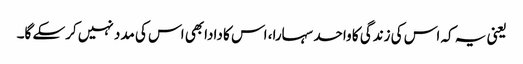
یعنی یہ کہ اس کی زندگی کا واحد سہارا، اس کا دادابھی اس کی مدد نہیں کرسکے گا۔